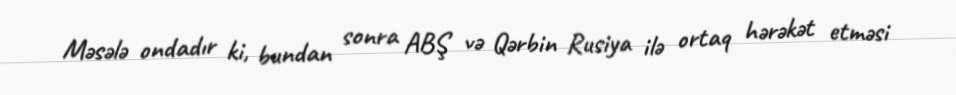
Məsələ ondadır ki, bundan sonra ABŞ və Qərbin Rusiya ilə ortaq hərəkət etməsi